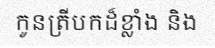
កូនត្រីបកដ៏ខ្លាំង និង